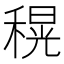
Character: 𮃜